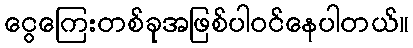
ငွေကြေးတစ်ခုအဖြစ်ပါဝင်နေပါတယ်။